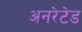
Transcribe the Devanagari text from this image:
अनरेटेड